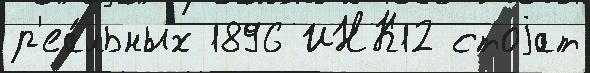
р'еа́льных 1896 ИНК12 стоjат